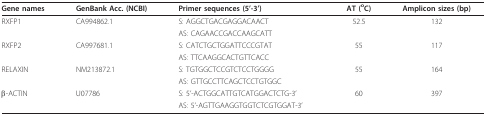
| Gene names | GenBank Acc. (NCBI) | Primer sequences (5'-3') | AT (oC) | Amplicon sizes (bp) |
 | --- | --- | --- | --- | --- |
 | RXFP1 | CA994862.1 | S: AGGCTGACGAGGACAACT | 52.5 | 132 |
 |  |  | AS: CAGAACCGACCAAGCATT |  |  |
 | RXFP2 | CA997681.1 | S: CATCTGCTGGATTCCCGTAT | 55 | 117 |
 |  |  | AS: TTCAAGGCACTGTTCACC |  |  |
 | RELAXIN | NM213872.1 | S: TGTGGCTCCGTCTCCTGGGG | 55 | 164 |
 |  |  | AS: GTTGCCTTCAGCTCCTGTGGC |  |  |
 | β-ACTIN | U07786 | S: 5'-ACTGGCATTGTCATGGACTCTG-3' | 60 | 397 |
 |  |  | AS: 5'-AGTTGAAGGTGGTCTCGTGGAT-3' |  |  |